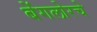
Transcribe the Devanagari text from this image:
बेंगलोरचे